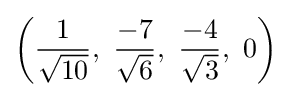
\left({\frac {1}{\sqrt {10}}},\ {\frac {-7}{\sqrt {6}}},\ {\frac {-4}{\sqrt {3}}},\ 0\right)